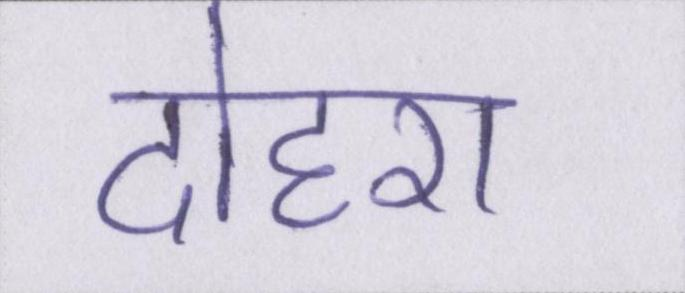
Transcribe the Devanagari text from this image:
दोहरा